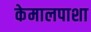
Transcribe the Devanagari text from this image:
केमालपाशा